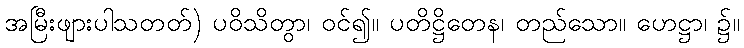
အမြီးဖျားပါသတတ်) ပဝိသိတွာ၊ ဝင်၍။ ပတိဋ္ဌိတေန၊ တည်သော။ ဟေဋ္ဌာ၊ ၌။